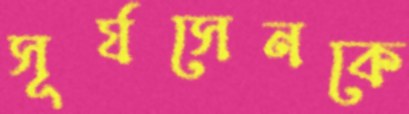
সূর্যসেনকে